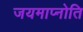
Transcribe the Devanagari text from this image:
जयमाप्नोति